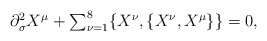
\begin{align*}\begin{array}{lcr}\partial_{\sigma}^2X^{\mu}+\sum_{\nu=1}^8\{X^{\nu},\{X^{\nu},X^{\mu}\}\}=0,\end{array}\end{align*}